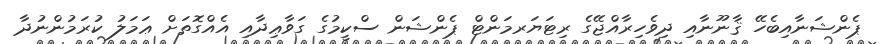
ޕެންޝަނާއިބެހޭ ޤާނޫނާއި ދިވެހިރާއްޖޭގެ ރިޓަޔަރމަންޓް ޕެންޝަން ސްކީމުގެ ގަވާޢިދާއި އެއްގޮތަށް ޢަމަލު ކުރަމުންނުދާ